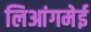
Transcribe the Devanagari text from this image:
लिआंगमेई